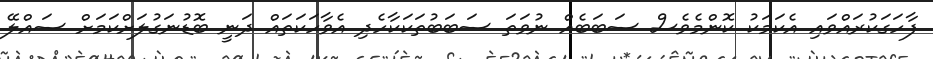
ފާހަގަކުރައްވައި އެކަމަކު ކޮންމެވެސް ސަބަބެއް ނުވަތަ ސަބަބުތަކަކާހެދި އެވާހަކަތައް ދަނީ ބޮޑުނަގުލަށްކަމަށް ސައްލޭ